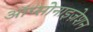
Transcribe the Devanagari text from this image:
ऑप्सोनाइज़ेशन